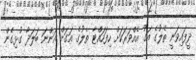
ދީފައިވަނީ ތެލުގެ އަގު އެއްވަރަކަށް ހިފަހައްޓާ ތެލުގެ އަގަށް އަންނަ ބަލަދާ ގުޅިގެން